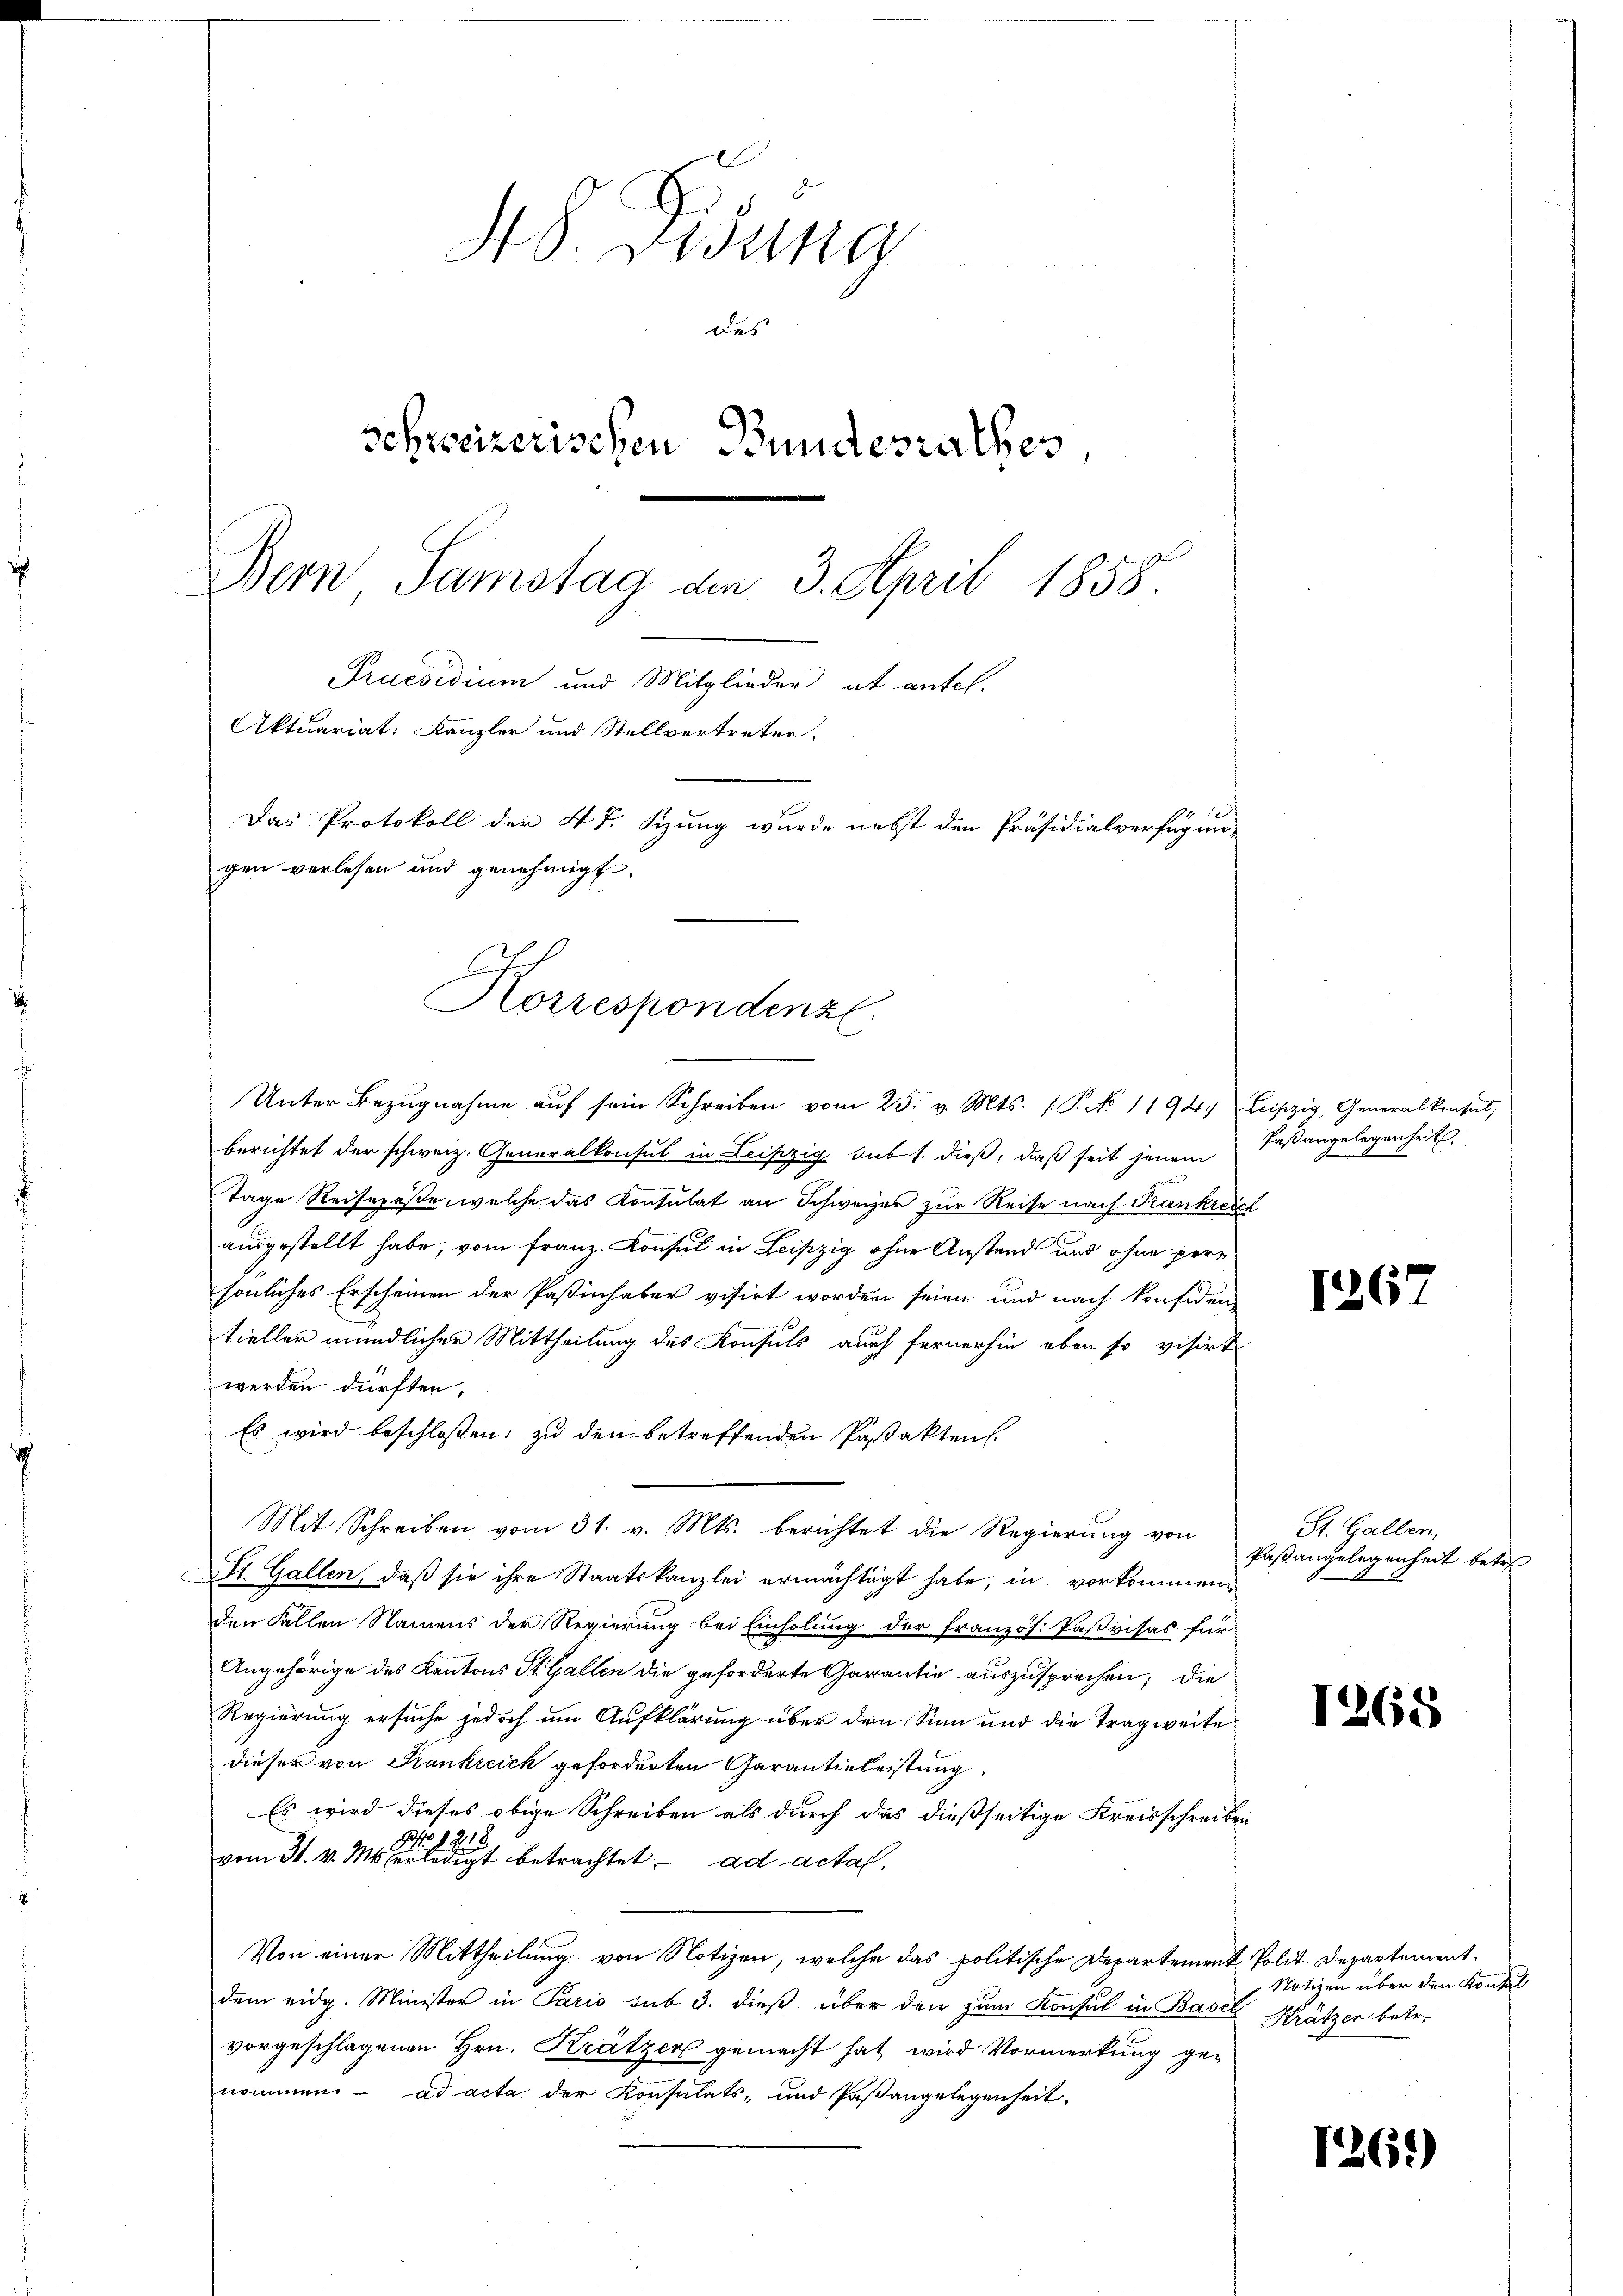
.
Korrespondenz.

48. Disung
des
schweizerischen Bundesrathes
Bern Samstag den 3. April 1858.
Praesidium und Mitglieder ab antel.
Aktuariat: Kanzler und Stellvertreter.
Das Protokoll der 4t. Sizung wurde nebst den Präsidialverfügun-
gen verlesen und genehmigt.

Unter Bezŭgnahme aŭf sein Schreiben vom 25. v. Mts. (T. No 1194. Leipzig, Generalkonsul,
berichtet der schweiz. Generalkonsul in Leipzig sub 1. dieß, daß seit jenem
Tage Reisepäße, welche das Konsulat an Schweizer zur Reise nach Frankreich
ausgestellt habe, vom Franz. Konsul in Leipzig ohne Anstand und ohne pere
sönliches Erscheinen der Paßinhaber visirt worden seien und nach konsiden-
tieller mündlicher Mittheilung des Konsuls auch fernerhin eben so visirt
werden dürften.
Es wird beschloßen; zu den betreffenden Pastakten.
Mit Schreiben vom 31. v. Mts. berichtet die Regierung von
St. Gallen, daß sie ihre Staatskanzlei ermächtigt habe, in vorkommenden Fallen Namens der Regierung bei Einholung der französ. Paßvisas für
Angehörige des Kantons St. Gallen die geforderte Garantie auszusprechen; die
Regierung ersuche jedoch um Aufklärung über den Sinn und die Tragweite
dieser von Frankreich geforderten Garantieleistung,
Es wird dieses obige Schreiben als durch das dießseitige Kreisschreiben
vom 31. v. M. eine betrachtet ad acta.
Von einer Mittheilung von Notizen, welche das politische Departement Polit. Departement
dem eidg. Minister in Paris sub 3. dieß über den zum Konsul in Basel Krätzer betr.
vorgeschlagenen Hrn. Krätzer gemacht hat wird Vormerkung genommen ad acta der Konsulats- und Pastangelegenheit.

Paßangelegenheit.

126

St. Gallen,
Paßangelegenheit bet

1268

Notizen über den Kontal

1261)